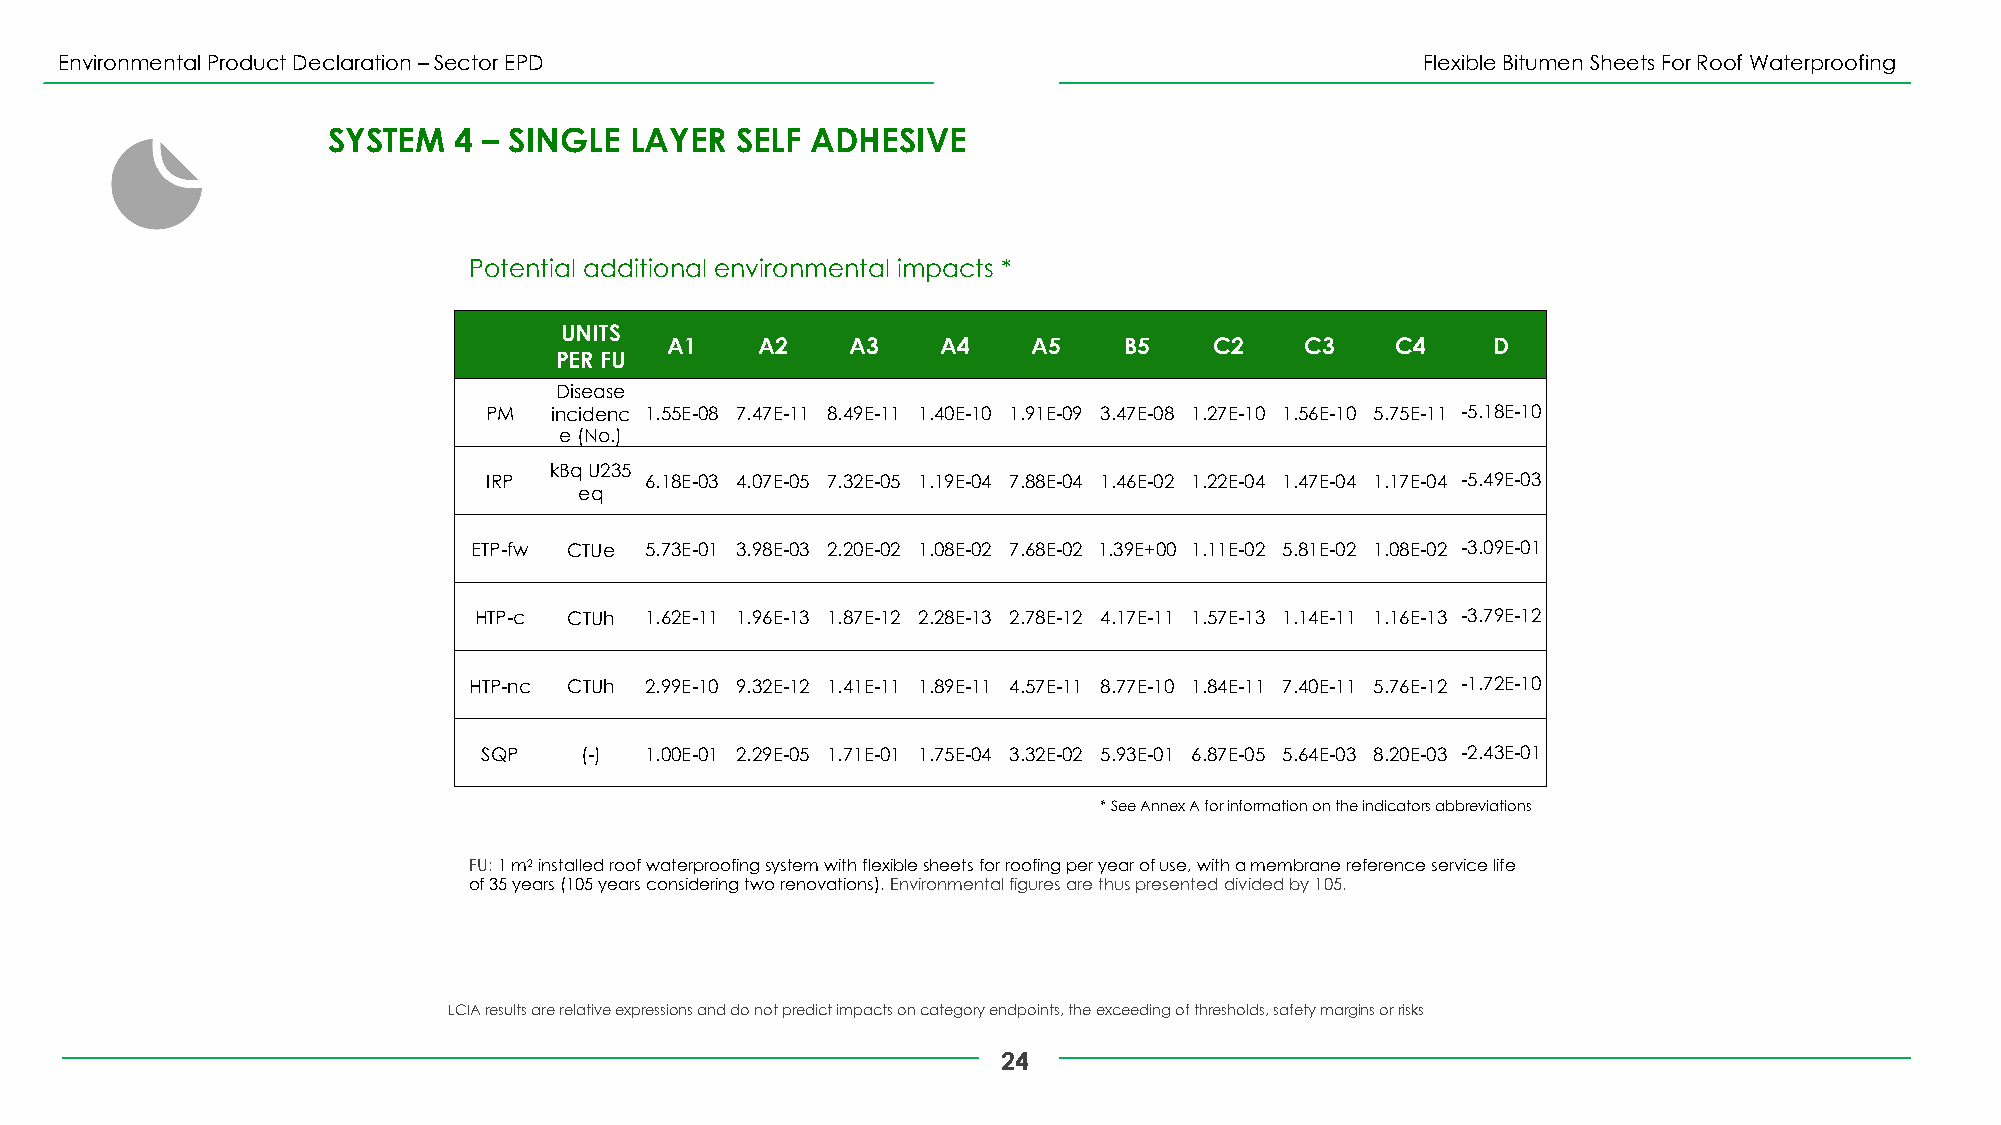
Environmental Product Declaration –Sector EPD                                             Flexible Bitumen Sheets For Roof Waterproofing
 SYSTEM  4 – SINGLE  LAYER  SELF ADHESIVE
 Potential additional environmental impacts *
 UNITS
 A1    A2    A3    A4    A5    B5    C2    C3    C4     D
 PER FU
 Disease
 PM  incidenc 1.55E-08 7.47E-11 8.49E-11 1.40E-10 1.91E-09 3.47E-08 1.27E-10 1.56E-10 5.75E-11 -5.18E-10
 e(No.)
 kBqU235
 IRP        6.18E-03 4.07E-05 7.32E-05 1.19E-04 7.88E-04 1.46E-02 1.22E-04 1.47E-04 1.17E-04 -5.49E-03
 eq
 ETP-fw CTUe 5.73E-01 3.98E-03 2.20E-02 1.08E-02 7.68E-02 1.39E+00 1.11E-02 5.81E-02 1.08E-02 -3.09E-01
 HTP-c  CTUh 1.62E-11 1.96E-13 1.87E-12 2.28E-13 2.78E-12 4.17E-11 1.57E-13 1.14E-11 1.16E-13 -3.79E-12
 HTP-nc CTUh 2.99E-10 9.32E-12 1.41E-11 1.89E-11 4.57E-11 8.77E-10 1.84E-11 7.40E-11 5.76E-12 -1.72E-10
 SQP   (-)  1.00E-01 2.29E-05 1.71E-01 1.75E-04 3.32E-02 5.93E-01 6.87E-05 5.64E-03 8.20E-03 -2.43E-01
 * See Annex A for information on the indicators abbreviations
 FU: 1 m2installed roof waterproofing system with flexible sheets for roofing per year of use, with a membrane reference service life
 of 35 years (105 years considering two renovations). Environmental figures are thus presented divided by 105.
 LCIA results are relative expressions and do not predict impacts on category endpoints, the exceeding of thresholds, safety margins or risks
 24